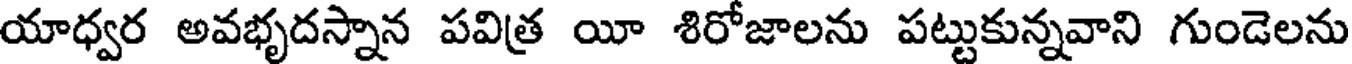
యాధ్వర అవభృదస్నాన పవిత్ర యీ శిరోజాలను పట్టుకున్నవాని గుండెలను